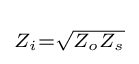
\scriptstyle Z_{i}={\sqrt {Z_{o}Z_{s}}}